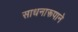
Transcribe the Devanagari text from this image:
साधनारूपाने